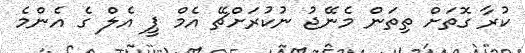
ކުރާ ގޮތަށް ތިތަން މެނޭޖު ނުކުރަށްޗޭ އެމް ޕީ އެލް ގެ އެންމެ